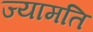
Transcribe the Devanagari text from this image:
ज्यामति